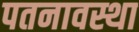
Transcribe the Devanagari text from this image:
पतनावस्था